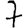
Digit: 7